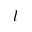
l